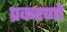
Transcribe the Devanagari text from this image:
प्रकरणो